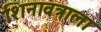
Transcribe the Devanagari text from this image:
शिनावत्राला